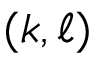
( \boldsymbol { k } , \boldsymbol { \ell } )